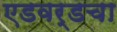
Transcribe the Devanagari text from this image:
एडवर्डचा